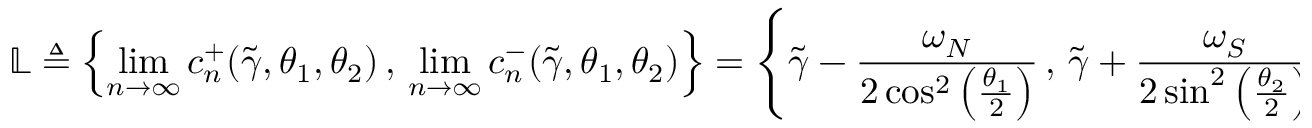
\mathbb { L } \triangleq \left\lbrace \operatorname* { l i m } _ { n \to \infty } c _ { n } ^ { + } ( \widetilde { \gamma } , \theta _ { 1 } , \theta _ { 2 } ) \, , \, \operatorname* { l i m } _ { n \to \infty } c _ { n } ^ { - } ( \widetilde { \gamma } , \theta _ { 1 } , \theta _ { 2 } ) \right\rbrace = \left\lbrace \widetilde { \gamma } - \frac { \omega _ { N } } { 2 \cos ^ { 2 } \left( \frac { \theta _ { 1 } } { 2 } \right) } \, , \, \widetilde { \gamma } + \frac { \omega _ { S } } { 2 \sin ^ { 2 } \left( \frac { \theta _ { 2 } } { 2 } \right) } \right\rbrace .